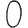
Digit: 0